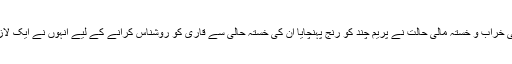
مثلا پچھڑے ہوئے طبقے کی خراب و خستہ مالی حالت نے پریم چند کو رنج پہنچایا ان کی خستہ حالی سے قاری کو روشناس کرانے کے لیے انہوں نے ایک لازوال افسانہ ‘کفن’ پیش کردیا۔